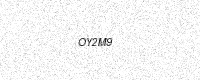
Text: OY2M9